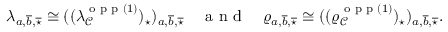
\lambda _ { a , \overline { { b } } , \overline { { \star } } } \cong ( ( \lambda _ { \mathcal { C } } ^ { \textnormal { o p p } ( 1 ) } ) _ { \star } ) _ { a , \overline { { b } } , \overline { { \star } } } \quad \textnormal { a n d } \quad \varrho _ { a , \overline { { b } } , \overline { { \star } } } \cong ( ( \varrho _ { \mathcal { C } } ^ { \textnormal { o p p } ( 1 ) } ) _ { \star } ) _ { a , \overline { { b } } , \overline { { \star } } } .